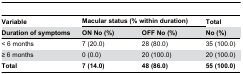
<table><thead><tr><td><b>Variable</b></td><td colspan="2"><b>Macular status (% within duration)</b></td><td><b>Total</b></td></tr><tr><td><b>Duration of symptoms</b></td><td><b>ON No (%)</b></td><td><b>OFF No (%)</b></td><td><b>No (%)</b></td></tr></thead><tbody><tr><td>&lt; 6 months</td><td>7 (20.0)</td><td>28 (80.0)</td><td>35 (100.0)</td></tr><tr><td>≥ 6 months</td><td>0 (0.0)</td><td>20 (100.0)</td><td>20 (100.0)</td></tr><tr><td><b>Total</b></td><td><b>7 (14.0)</b></td><td><b>48 (86.0)</b></td><td><b>55 (100.0)</b></td></tr></tbody></table>